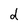
Character: d